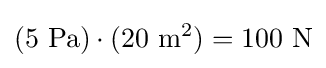
(5\ \mathrm {Pa} )\cdot (20\ \mathrm {m^{2}} )=100\ \mathrm {N}